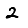
Digit: 2